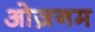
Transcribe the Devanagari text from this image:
ओज़नम